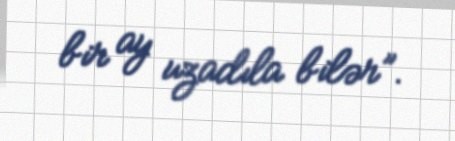
bir ay uzadıla bilər”.